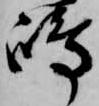
嶋